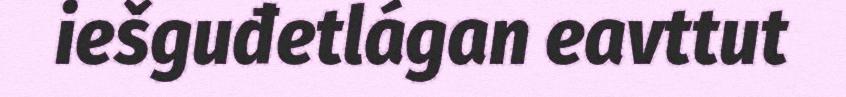
iešguđetlágan eavttut